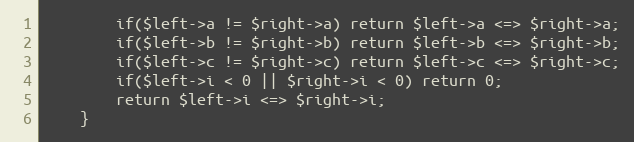
Language: PHP
		if($left->a != $right->a) return $left->a <=> $right->a;
		if($left->b != $right->b) return $left->b <=> $right->b;
		if($left->c != $right->c) return $left->c <=> $right->c;
		if($left->i < 0 || $right->i < 0) return 0;
		return $left->i <=> $right->i;
	}